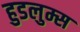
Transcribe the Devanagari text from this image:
हुडलुम्स